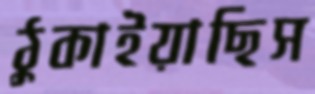
ঠুকাইয়াছিস